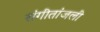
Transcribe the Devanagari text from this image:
संगीतांजली